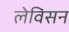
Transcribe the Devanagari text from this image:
लेविसन